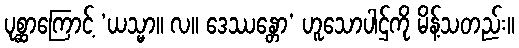
ပုစ္ဆာကြောင့် ‘ယသ္မာ။ လ။ ဒေဿန္တော’ ဟူသောပါဌ်ကို မိန့်သတည်း။